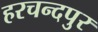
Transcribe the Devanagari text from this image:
हरचन्‍दपुर